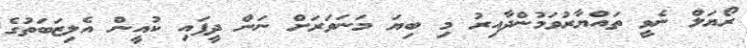
ރޯޔަލް ނެވީ ތައްޔާރުވަމުންދާއިރު މި ބިޔަ މަނަވަރަށް ނަން ދީފައި ކުއީން އެލިޒަބަތުގެ